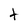
Character: t